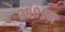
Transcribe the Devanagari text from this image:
२००९न